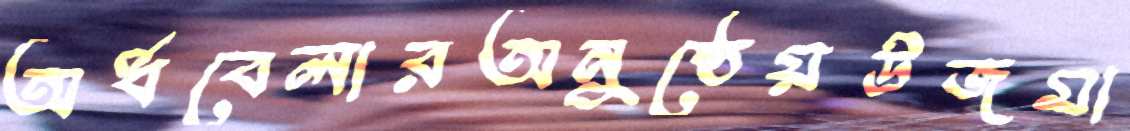
অর্ধবেলারঅনুষ্ঠেয়উজমা